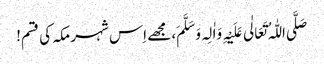
صَلَّی اللّٰہُ تَعَالٰی عَلَیْہِ وَاٰلِہ وَ سَلَّمَ، مجھے اِس شہر مکہ کی قسم!